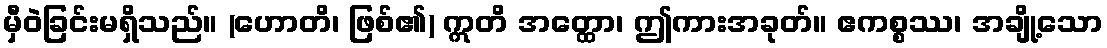
မှီဝဲခြင်းမရှိသည်။ (ဟောတိ၊ ဖြစ်၏) ဣတိ အတ္ထော၊ ဤကားအခုတ်။ ဧကစ္စဿ၊ အချို့သော